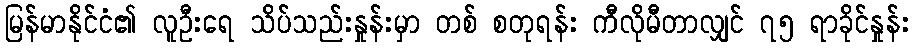
မြန်မာနိုင်ငံ၏ လူဦးရေ သိပ်သည်းနှုန်းမှာ တစ် စတုရန်း ကီလိုမီတာလျှင် ၇၅ ရာခိုင်နှုန်း